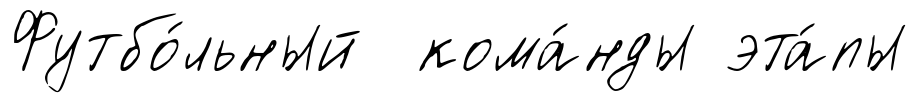
Футбо́льный кома́нды эта́пы